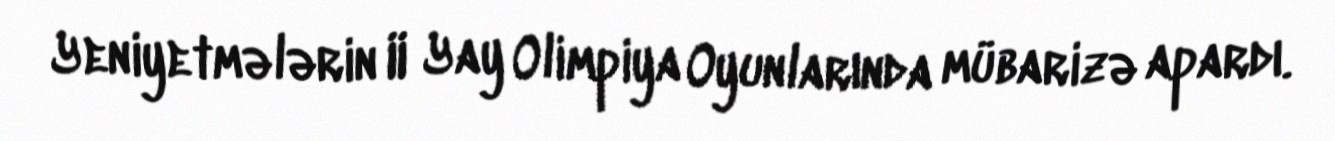
Yeniyetmələrin II Yay Olimpiya Oyunlarında mübarizə apardı.